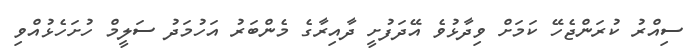
ސިއްރު ކުރަންޖެހޭ ކަމަށް ވިދާޅުވެ އޭދަފުށީ ދާއިރާގެ މެންބަރު އަހުމަދު ސަލީމް ހުށަހެޅުއްވި